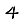
Digit: 4